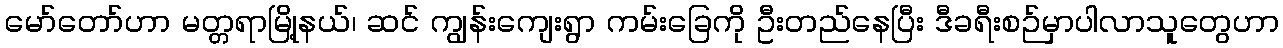
မော်တော်ဟာ မတ္တရာမြို့နယ်၊ ဆင် ကျွန်းကျေးရွာ ကမ်းခြေကို ဦးတည်နေပြီး ဒီခရီးစဉ်မှာပါလာသူတွေဟာ